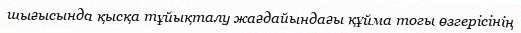
шығысында қысқа тұйықталу жағдайындағы құйма тогы өзгерісінің